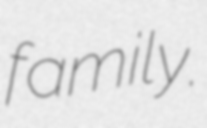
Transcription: family.